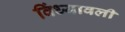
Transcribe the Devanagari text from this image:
विंध्यावली